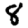
Digit: 8